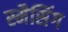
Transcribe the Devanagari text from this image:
स्मैसिंग